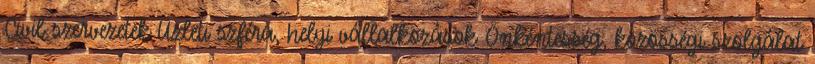
Civil szervezetek Üzleti szféra, helyi vállalkozások Önkéntesség, közösségi szolgálat